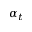
\alpha _ { t }